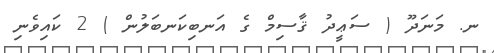
ނ. މަނަދޫ ( ސަޢީދު ޤާސިމް ގެ އަނބިކަނބަލުން ) 2 ކައިވެނި